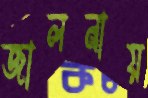
জালনায়